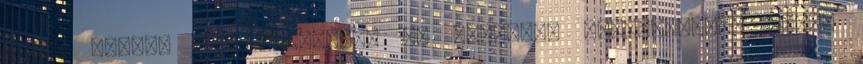
s ez bizony nem véletlen: az exkluzív környezetben olyan